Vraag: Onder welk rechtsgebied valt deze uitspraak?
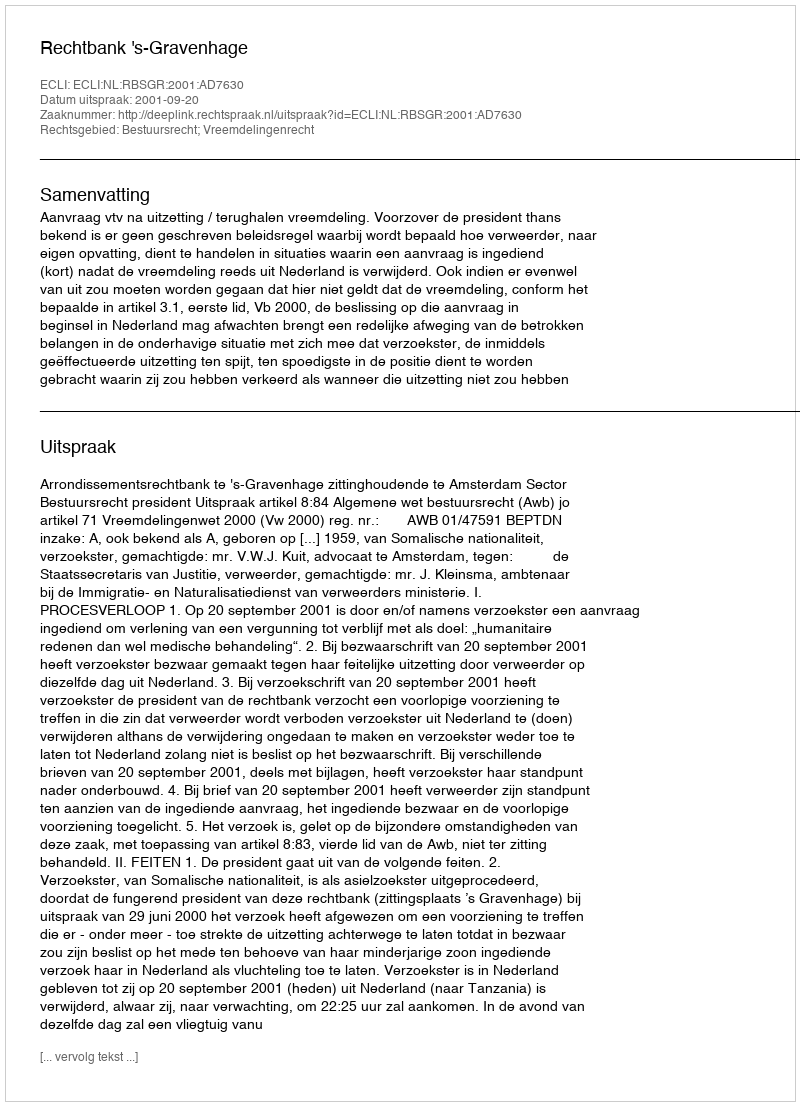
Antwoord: Bestuursrecht; Vreemdelingenrecht